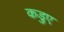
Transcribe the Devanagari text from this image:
कड़ुए